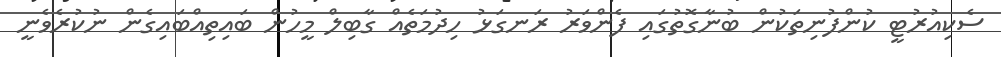
ސެކިއުރުޓީ ކުންފުނިތަކުން ބުނާގޮތުގައި ފެންވަރު ރަނގަޅު ހިދުމަތެއް ގާބިލް މީހުން ބައިތިއްބައިގެން ނުކުރެވެނީ